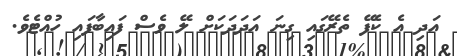
އަދި އެ ކެފޭ ތެރޭގައި ގިނަ އަދަދަކަށް ލޭ ވެސް ފައިބާފައި ހުއްޓެވެ.